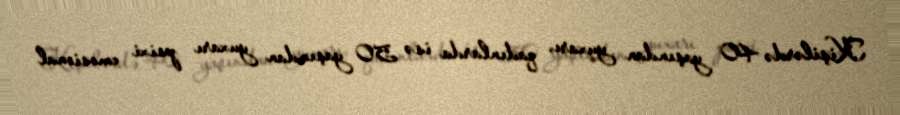
Kişilərdə 40 yaşından yuxarı, qadınlarda isə 50 yaşından yuxarı psixi emosional